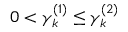
0 < \gamma _ { k } ^ { ( 1 ) } \le \gamma _ { k } ^ { ( 2 ) }